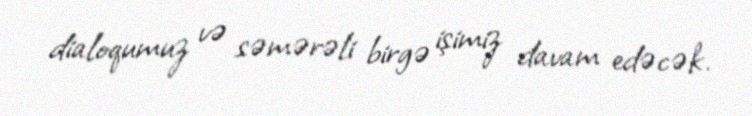
dialoqumuz və səmərəli birgə işimiz davam edəcək.